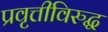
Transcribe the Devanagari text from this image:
प्रवृत्तीविरुद्ध